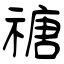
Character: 禟